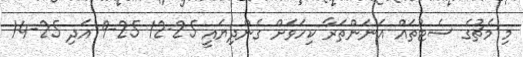
މި މެޗުގެ ސެޓުތައް އަނަންތަރާ ކިހަވަށް ގެންދިޔައީ 25-12 25-9 އަދި 25-14